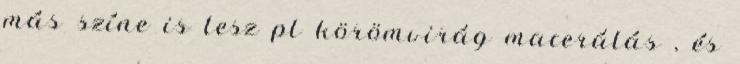
más színe is lesz pl körömvirág macerálás , és